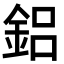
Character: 鋁